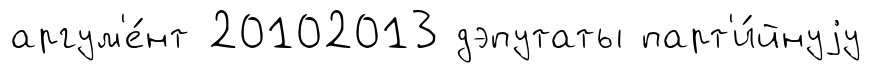
аргум'е́нт 20102013 дэпутаты парт'и́йнуjу